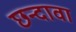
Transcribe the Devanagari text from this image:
छन्दावा